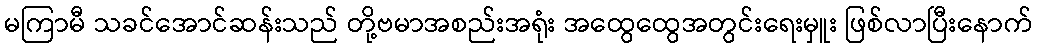
မကြာမီ သခင်အောင်ဆန်းသည် တို့ဗမာအစည်းအရုံး အထွေထွေအတွင်းရေးမှူး ဖြစ်လာပြီးနောက်